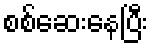
စစ်ဆေးနေပြီး